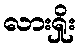
လားရှိုး